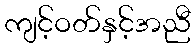
ကျင့်ဝတ်နှင့်အညီ